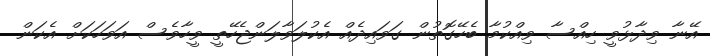
އޭނާ ވިދާޅުވީ ހިއްސާ ވިއްކުމާ ބެހޭގޮތުން ގަވައިދެއް އެކުލަވާލަންޖެހޭތީ ވީހާވެސް އަވަހަކަށް އެކަން